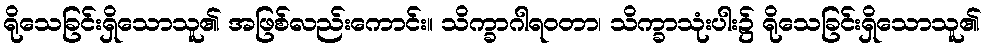
ရိုသေခြင်းရှိသောသူ၏ အဖြစ်လည်းကောင်း။ သိက္ခာဂါရဝတာ၊ သိက္ခာသုံးပါး၌ ရိုသေခြင်းရှိသောသူ၏